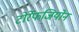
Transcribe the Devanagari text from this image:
टोर्रेफजियोन